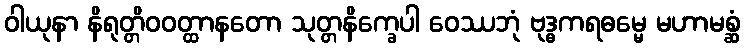
ဝါယုနာ နိရုတ္တိဝဝတ္ထာနတော သုတ္တနိက္ခေပါ ဝေဿဘုံ ဗုဒ္ဓကရဓမ္မေ မဟာမစ္ဆံ